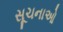
સૂચનાઓ